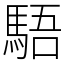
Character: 䮏